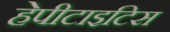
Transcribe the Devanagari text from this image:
हेपीटाइटिस